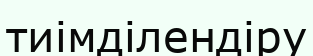
тиімділендіру